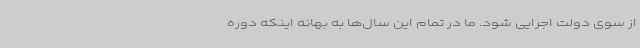
از سوی دولت اجرایی شود. ما در تمام این سال‌ها به بهانه اینکه دوره